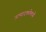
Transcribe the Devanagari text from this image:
उत्पादकतेमध्ये